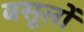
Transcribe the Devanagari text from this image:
बसूलों